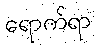
ရောက်ရာ